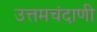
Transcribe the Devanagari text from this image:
उत्तमचंदाणी